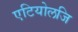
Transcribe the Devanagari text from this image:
एटियोलजि